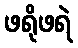
ဖရိုဖရဲ